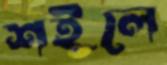
শইলে